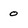
Character: o